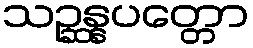
သဉ္ဆန္နပတ္တော